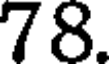
78.